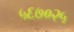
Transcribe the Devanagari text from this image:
५६७०२५